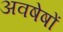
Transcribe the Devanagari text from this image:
अवषेषों